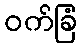
ဝက်ခြံ